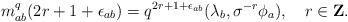
LaTeX: \begin{align*}m_{ab}^q(2r+1+\epsilon_{ab})=q^{2r+1+\epsilon_{ab}}(\lambda_b , \sigma^{-r}\phi_a), \ \ \ r \in {\bf Z}.\end{align*}